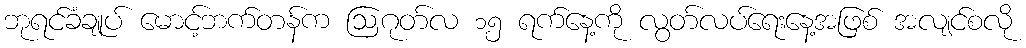
ဘုရင်ခံချုပ် မောင့်ဘက်တန်က ဩဂုတ်လ ၁၅ ရက်နေ့ကို လွတ်လပ်ရေးနေ့အဖြစ် အလျင်စလို